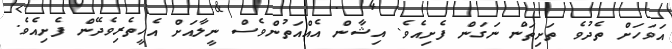
އަވަހަށް ތެދުވެ ތަށިތަން ނަގަން ފެށިއެވެ. އިޝާން އެއްއަތުންވެސް ނީލާއަށް އެހީތެރިވެދޭން ފެށިއެވެ.